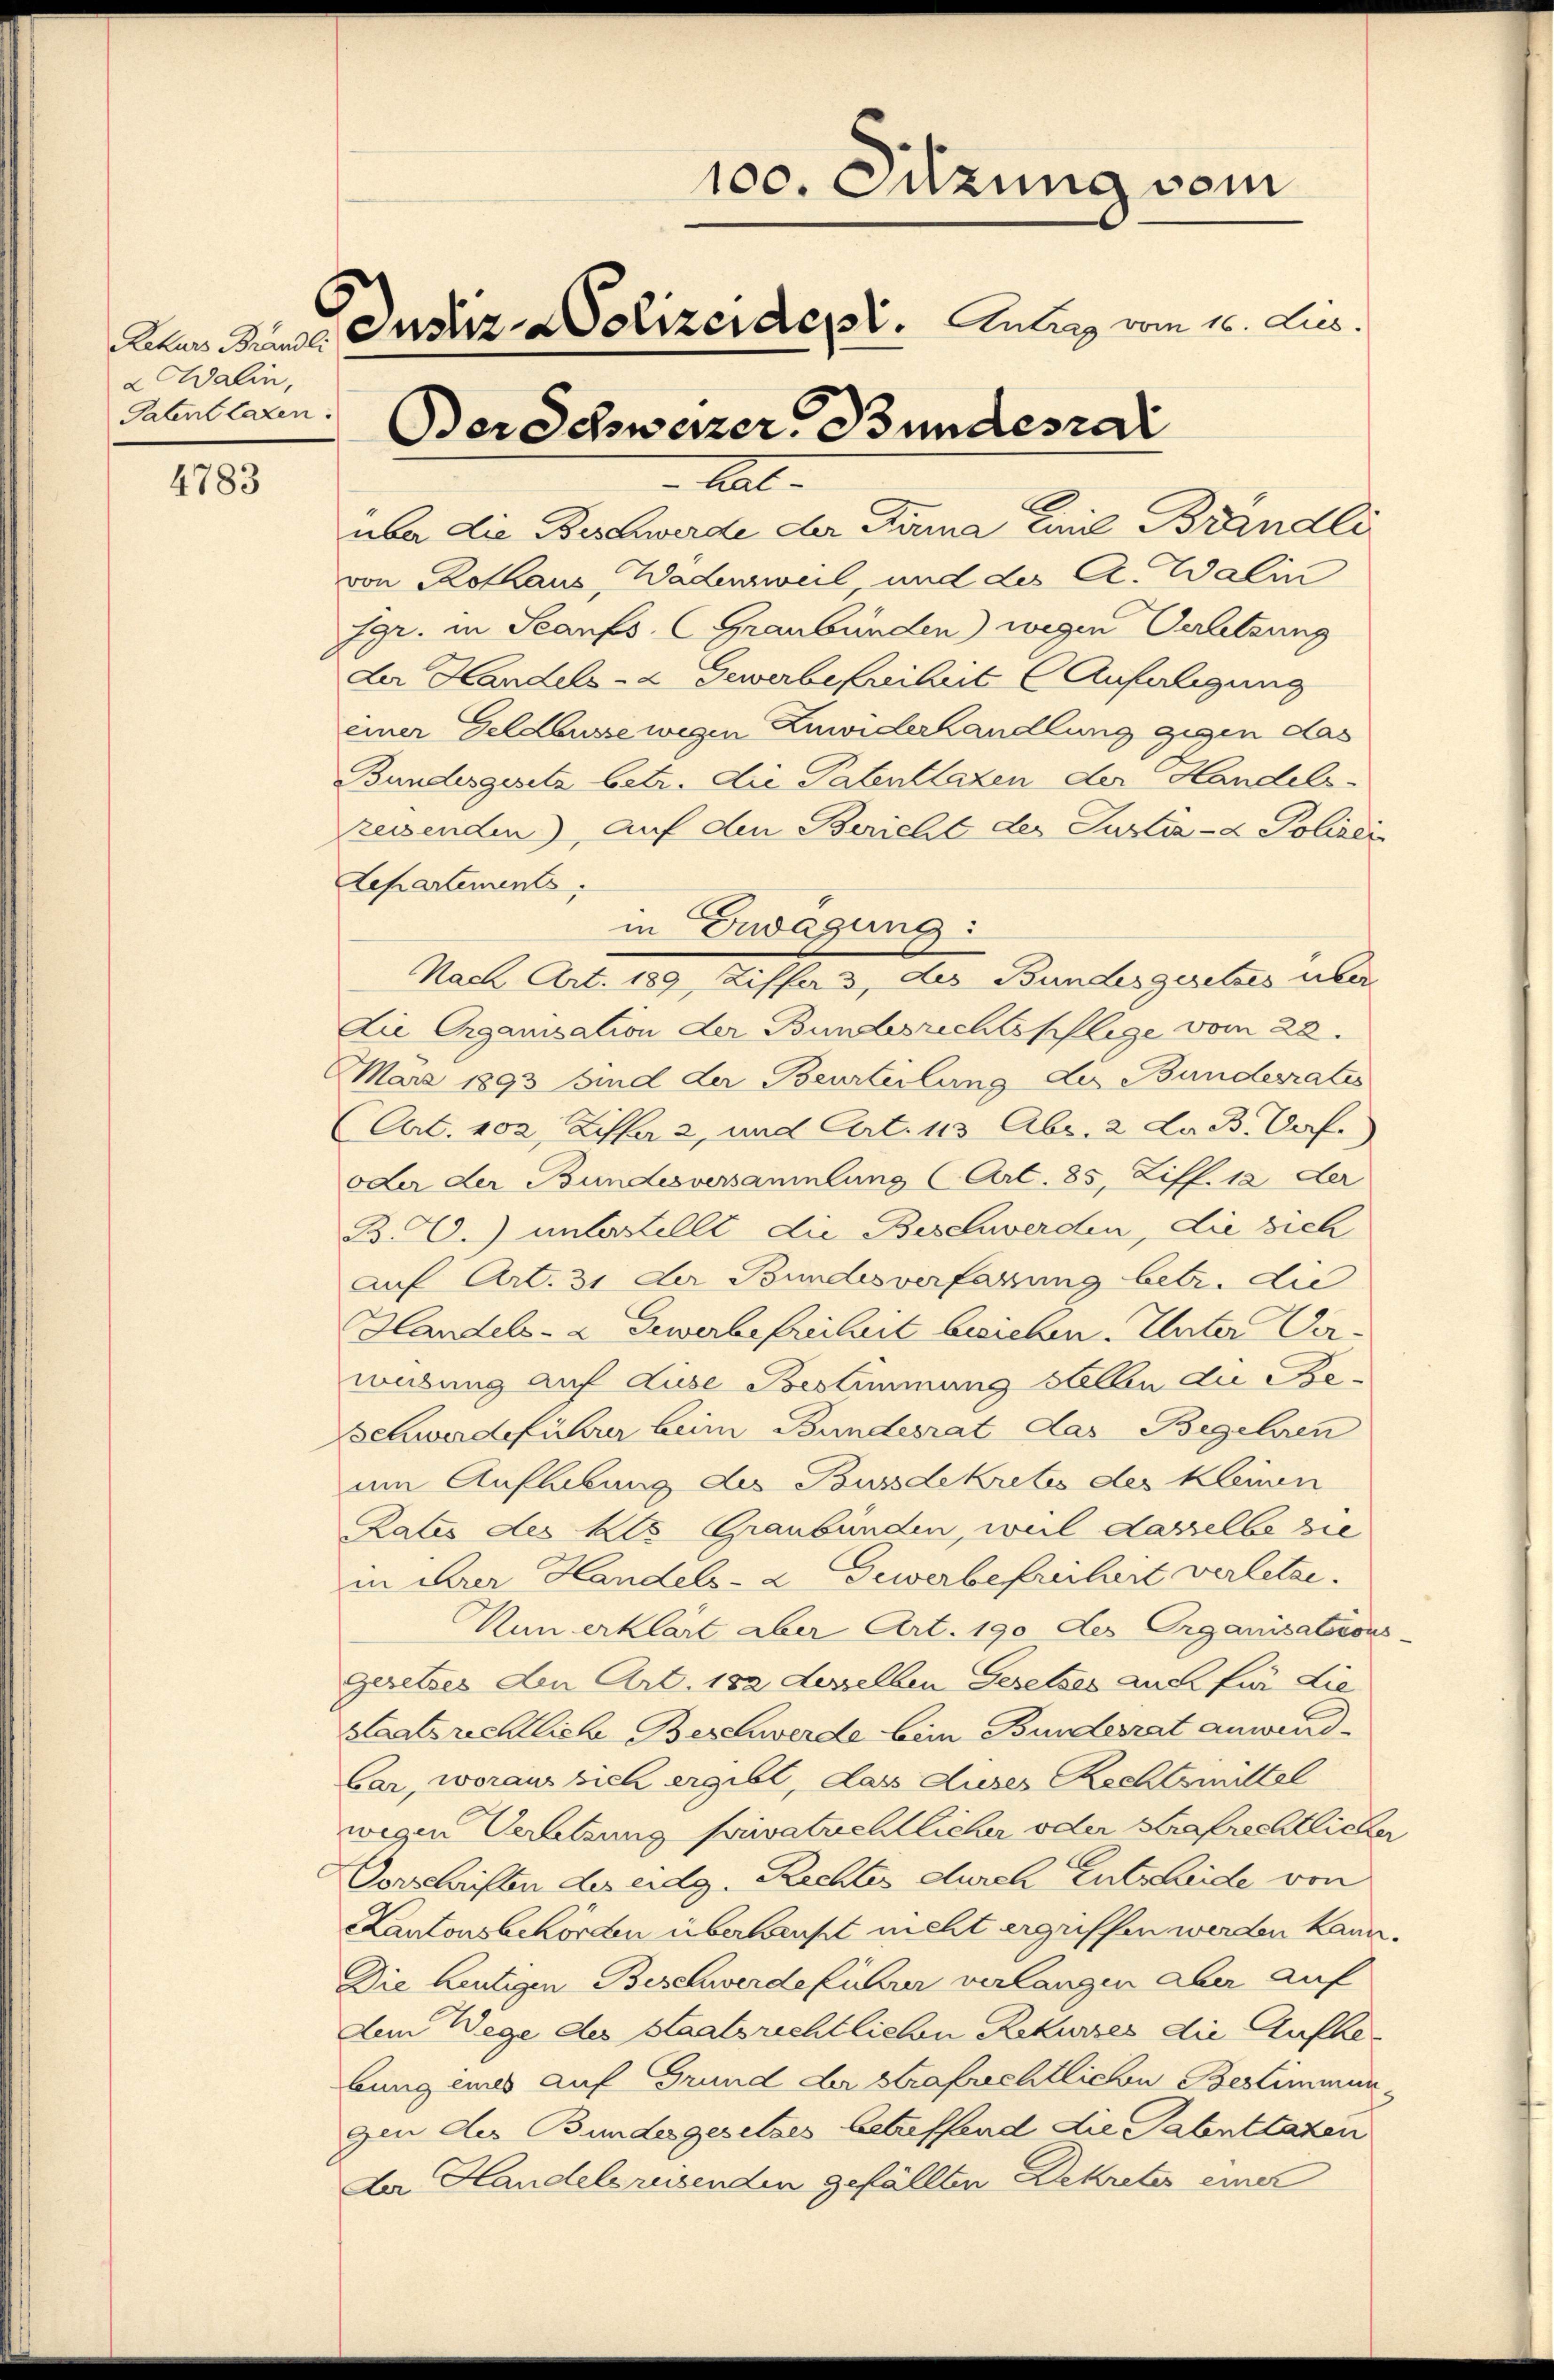
4783

a Walin,
Patent lazen.

100. Einung vom
Akan den Justiz & Polizeidept.   Anlang vom 10. Aus
Der Schweizer Bundesrai

Kat
über die Beschwerde der Firma Linie Brändli
von Rothaus, Wädensweil und des A. Walin
fgr. in Scanfs (Graubünden) wegen Verletzung
der Handels- & Gewerbefreiheit Anfaligung
einer Geldbusse wegen Zuwiderhandlung gegen das
Bundesgesetz betr. die Patentlazen der Handels-
reisenden), auf den Bericht der Justiz- & Polizeis
Departements
in Erwägung:
Nach Art. 189, Ziffers, des Bundesgesetzes über
die Organisation der Bundesrichtspflege vom 28.
März 1893 sind der Beurteilung der Bundesrates
(Art. 102 Ziffa 2, und Art. 13 Abs. 2 La B. Porf.
oder der Bundesversammlung (Art. 85, Ziff. 12. Der
B. C.) unterstellt die Beschwerden, die sich
Auf Art. 31 der Bundesverfassung betr. die
Handels- & Gewerbefreiheit besichen. Unter Verwübung auf diese Bestimmung stellen die Be¬
Schwerdeführer beim Bundesrat das Begehren
um Aufhebung des Bussdekretes des kleinen
Rates des Kts Graubünden, weil dasselbe die
in der Handels- & Gewerbefreiliert verletze.
Nun erklärt aber Art. 190 des Organisations-
Gesetzes an Art. 182 desselben Gesetzes auch für Lie
Staatsrechtlich Beschwerde bein Bundesrat anwend¬
Car, woraus sich ergibt, das Auses Rechtsmittel
wegen Verletzung privatrechtlicher oder Strafrechtlicher
Vorschriften des eidg. Rechtes durch Entscheide von
Kantonsbehörden überhaupt nicht ergriffen werden kann.
Die heutigen Beschwerdeführer verlangen aber auf
Aen Wege des Staatsrechtlichen Rekurses die Aufhebung ins auf Grund der Strafrechtlichen Bestimmunzin des Bundegesetzes betreffend die Tabnttaten
Da Handelsreisenden gefällten Dekreter einer